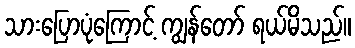
သားပြောပုံကြောင့် ကျွန်တော် ရယ်မိသည်။